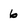
Character: 6